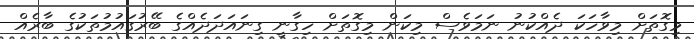
މިގޮތަށް މިވާހަކަ ދެއްކުނު ނަމަވެސް މިކަން މިގޮތަށް ހިގާނީ ގިނައަދަދެއްގެ ބޭރުގައުމުތަކުގެ ބާރެއް